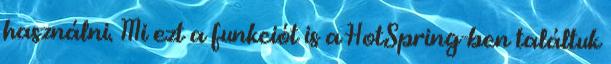
használni. Mi ezt a funkciót is a HotSpring-ben találtuk